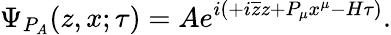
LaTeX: \Psi_{P_{A}}(z,x;\tau)=Ae^{i\left(+i\overline{{{z}}}z+P_{\mu}x^{\mu}-H\tau\right)}.